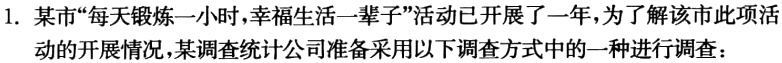
1. 某市“每天锻炼一小时，幸福生活一辈子”活动已开展了一年，为了解该市此项活动的开展情况，某调查统计公司准备采用以下调查方式中的一种进行调查：